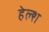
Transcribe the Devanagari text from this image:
हेल्श